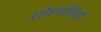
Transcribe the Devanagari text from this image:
शैलपिंडों